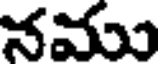
నము